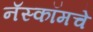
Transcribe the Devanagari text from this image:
नॅस्कॉमचे